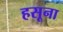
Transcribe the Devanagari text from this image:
हसूना